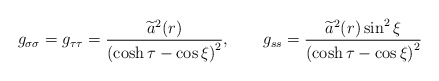
\begin{align*}g_{\sigma \sigma }=g_{\tau \tau }=\frac{\widetilde{a}^2(r)}{\left( \cosh\tau -\cos \xi \right) ^2} , \qquad g_{ss}=\frac{\widetilde{a}^2(r)\sin^2\xi } {\left( \cosh \tau -\cos \xi \right) ^2}\end{align*}